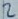
Text: 2